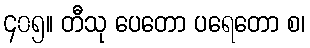
၄၀၅။ တီသု ပေတော ပရေတော စ၊